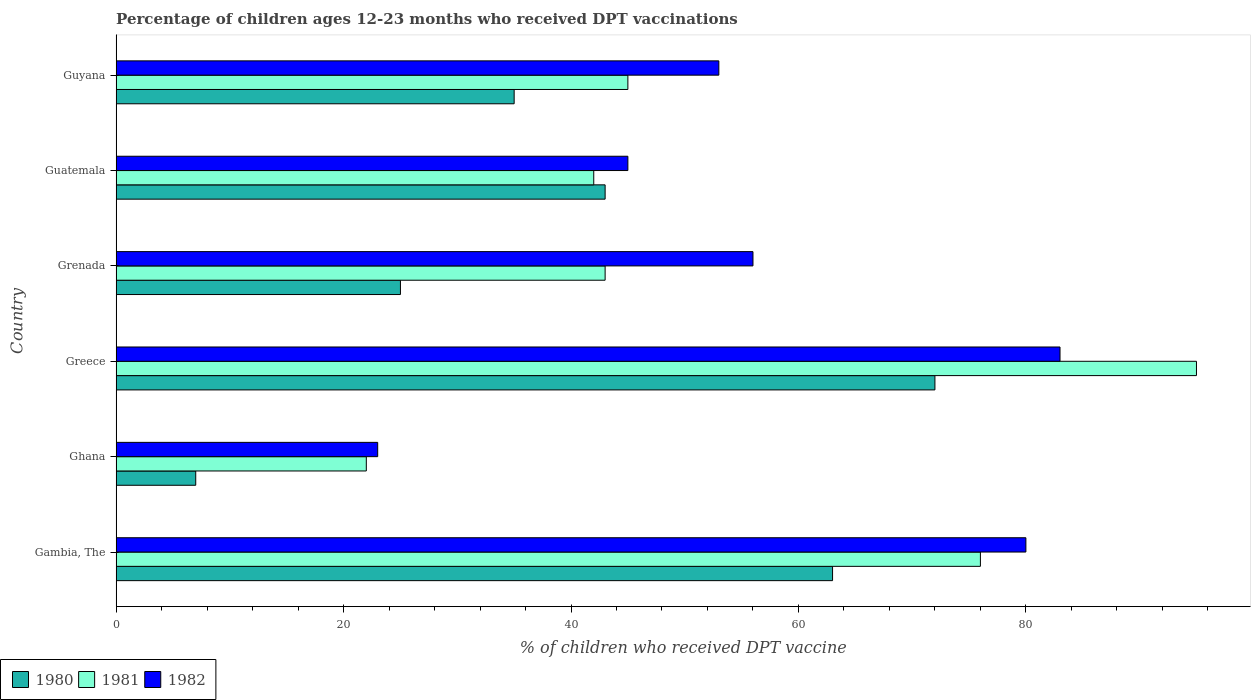
| Country | 1980 | 1981 | 1982 |
 | --- | --- | --- | --- |
 | Gambia, The | 63 | 76 | 80 |
 | Ghana | 7 | 22 | 23 |
 | Greece | 72 | 95 | 83 |
 | Grenada | 25 | 43 | 56 |
 | Guatemala | 43 | 42 | 45 |
 | Guyana | 35 | 45 | 53 |